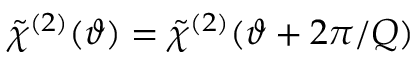
\tilde { \chi } ^ { ( 2 ) } ( \vartheta ) = \tilde { \chi } ^ { ( 2 ) } ( \vartheta + 2 \pi / Q )